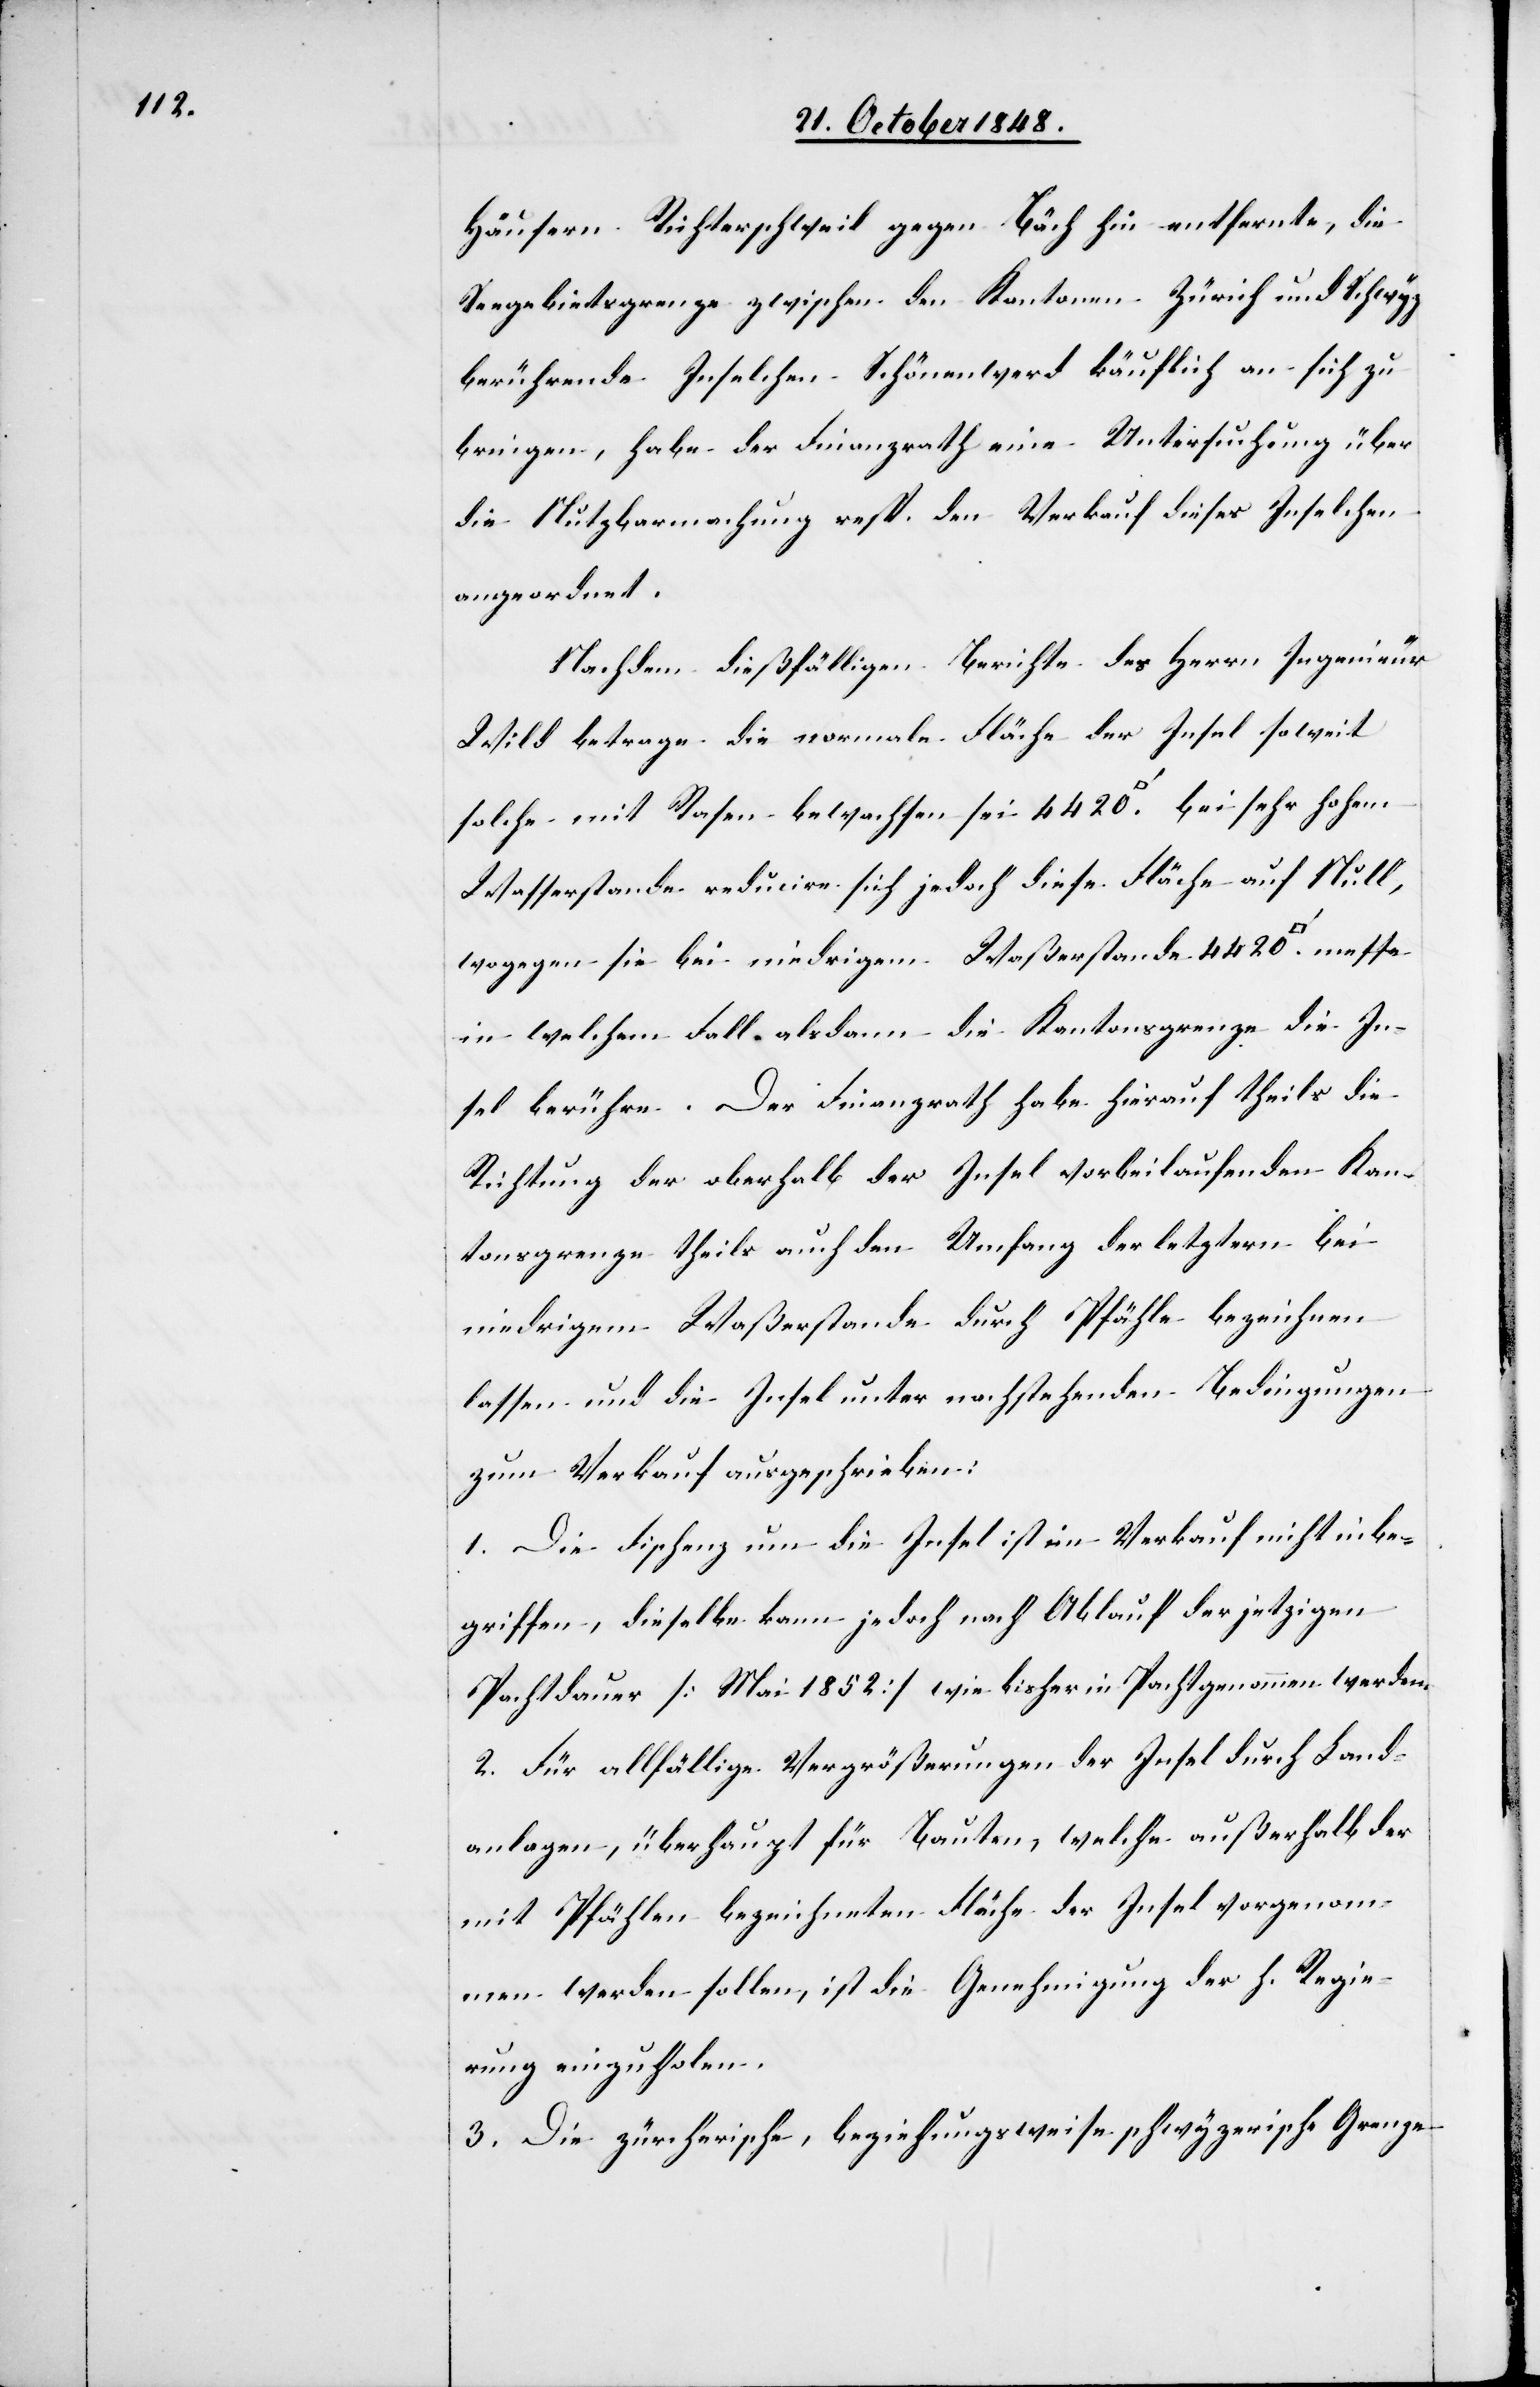
Häusern Richterschweil gegen Bäch hin entfernte, die
Seegebietsgrenze zwischen den Kantonen Zürich und Schwyz
berührende Inselchen Schönenwerd käuflich an sich zu
bringen, habe der Finanzrath eine Untersuchung über
die Nutzbarmachung resp. den Verkauf dieses Inselchen
angeordnet.
Nach dem dießfälligen Berichte des Herrn Ingenieur
Wild betrage die normale Fläche der Insel soweit
solche mit Rasen bewachsen sei 4420. [Quadratfuß][,]
Wasserstande reducire sich jedoch diese Fläche auf Null,
wogegen sie bei niedrigem Waßerstande 4420.
in welchem Fall als dann die Kantonsgrenze die In¬
sel berühre. Der Finanzrath habe hierauf theils die
Richtung der oberhalb der Insel vorbeilaufenden Kan¬
tonsgrenze theils auch den Umfang der letztern bei
niedrigem Waßerstande durch Pfähle bezeichnen
lassen und die Insel unter nachstehenden Bedingungen
zum Verkauf ausgeschrieben:
1. Die Fischenz um die Insel ist im Verkauf nicht inbe¬
griffen, dieselbe kann jedoch nach Ablauf der jetzigen
Pachtdauer [Mai 1852.] wie bisher in Pacht genommen werden.
2. Für allfällige Vergrößerungen der Insel durch Land¬
anlagen, überhaupt für Bauten, welche außerhalb der
mit Pfählen bezeichneten Fläche der Insel vorgenom¬
men werden sollen, ist die Genehmigung der h. Regie¬
rung einzuholen.
3. Die zürcherische, beziehungsweise schwyzerische Grenze